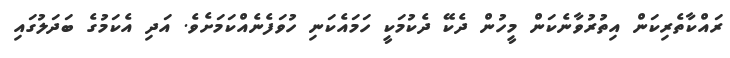
ރައްކާތެރިކަން އިތުރުވާނެކަން މީހުން ދެކޭ ދެކުމަކީ ހަމައެކަނި ހުވަފެނެއްކަމަށެވެ. އަދި އެކަމުގެ ބަދަލުގައި